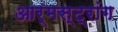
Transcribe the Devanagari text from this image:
आर्मस्‍ट्रांग